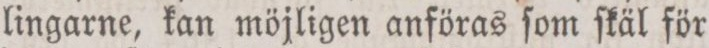
lingarne, kan möjligen anföras ſom ſkäl för